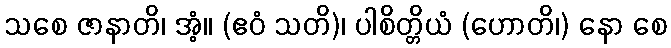
သစေ ဇာနာတိ၊ အံ့။ (ဧဝံ သတိ)၊ ပါစိတ္တိယံ (ဟောတိ၊) နော စေ